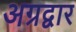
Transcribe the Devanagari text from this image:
अग्रद्वार